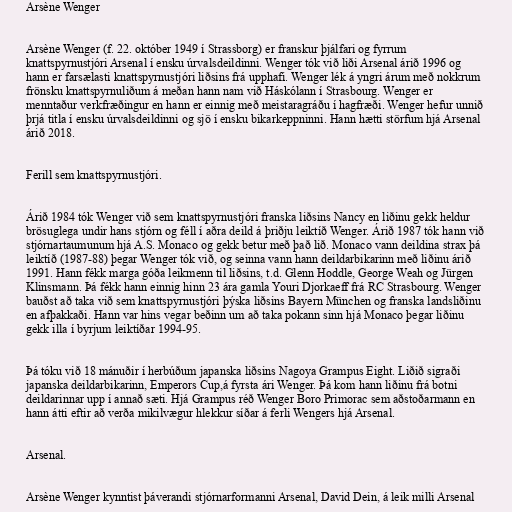
Arsène Wenger

Arsène Wenger (f. 22. október 1949 í Strassborg) er franskur þjálfari og fyrrum
knattspyrnustjóri Arsenal í ensku úrvalsdeildinni. Wenger tók við liði Arsenal árið 1996 og
hann er farsælasti knattspyrnustjóri liðsins frá upphafi. Wenger lék á yngri árum með nokkrum
frönsku knattspyrnuliðum á meðan hann nam við Háskólann í Strasbourg. Wenger er
menntaður verkfræðingur en hann er einnig með meistaragráðu í hagfræði. Wenger hefur unnið
þrjá titla í ensku úrvalsdeildinni og sjö í ensku bikarkeppninni. Hann hætti störfum hjá Arsenal
árið 2018.

Ferill sem knattspyrnustjóri.

Árið 1984 tók Wenger við sem knattspyrnustjóri franska liðsins Nancy en liðinu gekk heldur
brösuglega undir hans stjórn og féll í aðra deild á þriðju leiktíð Wenger. Árið 1987 tók hann við
stjórnartaumunum hjá A.S. Monaco og gekk betur með það lið. Monaco vann deildina strax þá
leiktíð (1987-88) þegar Wenger tók við, og seinna vann hann deildarbikarinn með liðinu árið
1991. Hann fékk marga góða leikmenn til liðsins, t.d. Glenn Hoddle, George Weah og Jürgen
Klinsmann. Þá fékk hann einnig hinn 23 ára gamla Youri Djorkaeff frá RC Strasbourg. Wenger
bauðst að taka við sem knattspyrnustjóri þýska liðsins Bayern München og franska landsliðinu
en afþakkaði. Hann var hins vegar beðinn um að taka pokann sinn hjá Monaco þegar liðinu
gekk illa í byrjum leiktíðar 1994-95.

Þá tóku við 18 mánuðir í herbúðum japanska liðsins Nagoya Grampus Eight. Liðið sigraði
japanska deildarbikarinn, Emperors Cup,á fyrsta ári Wenger. Þá kom hann liðinu frá botni
deildarinnar upp í annað sæti. Hjá Grampus réð Wenger Boro Primorac sem aðstoðarmann en
hann átti eftir að verða mikilvægur hlekkur síðar á ferli Wengers hjá Arsenal.

Arsenal.

Arsène Wenger kynntist þáverandi stjórnarformanni Arsenal, David Dein, á leik milli Arsenal